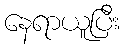
နေရာယူပြီး